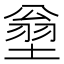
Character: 𱗣